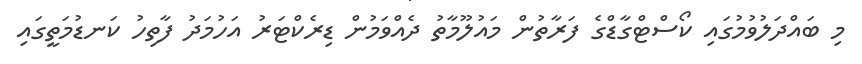
މި ބައްދަލުވުމުގައި ކޯސްޓްގާޑްގެ ފަރާތުން މައުލޫމާތު ދެއްވަމުން ޑިރެކްޓަރު އަހުމަދު ފާތިހު ކަނޑުމަތީގައި